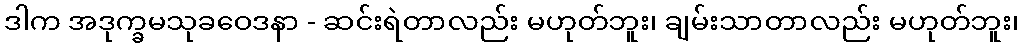
ဒါက အဒုက္ခမသုခဝေဒနာ - ဆင်းရဲတာလည်း မဟုတ်ဘူး၊ ချမ်းသာတာလည်း မဟုတ်ဘူး၊